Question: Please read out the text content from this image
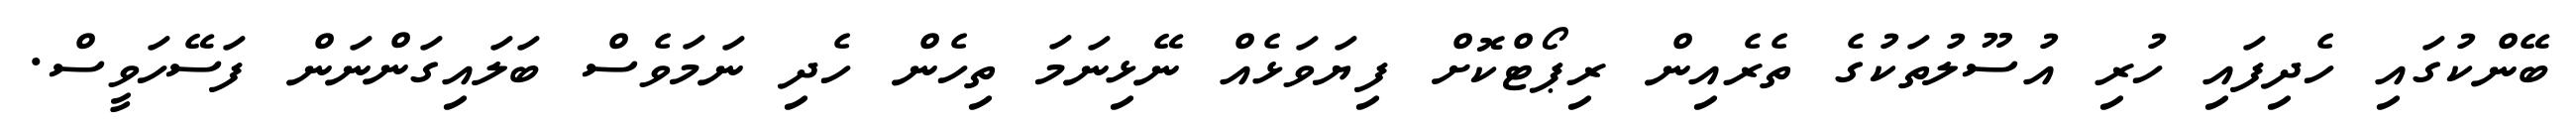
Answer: ބޭންކުގައި ހެދިފައި ހުރި އުސޫލުތަކުގެ ތެރެއިން ރިޕޯޓްކޮށް ފިޔަވަޅެއް ނޭޅިނަމަ ތިހެން ހެދި ނަމަވެސް ބަލައިގަންނަން ފަސޭހަވީސް.